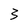
Character: 3